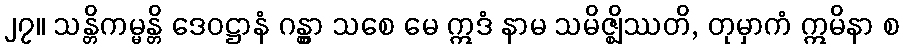
၂၇။ သန္တိကမ္မန္တိ ဒေဝဋ္ဌာနံ ဂန္တွာ သစေ မေ ဣဒံ နာမ သမိဇ္ဈိဿတိ, တုမှာကံ ဣမိနာ စ